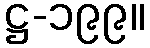
ဋ္ဌ-၁၉၉။